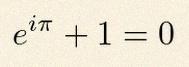
e^{i\pi}+1=0